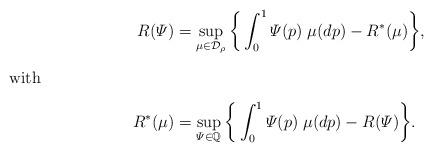
LaTeX: \begin{align*}R(\varPsi) &= \sup_{\mu\in\mathcal{D}_{\rho}}\bigg\{ \int_0^1 \varPsi(p)\;\mu(dp) - R^*(\mu)\bigg\},\\\intertext{with}R^*(\mu)&=\sup_{\varPsi\in \mathbb{Q}_{}} \bigg\{ \int_0^1 \varPsi(p)\;\mu(dp) - R(\varPsi) \bigg\}.\end{align*}